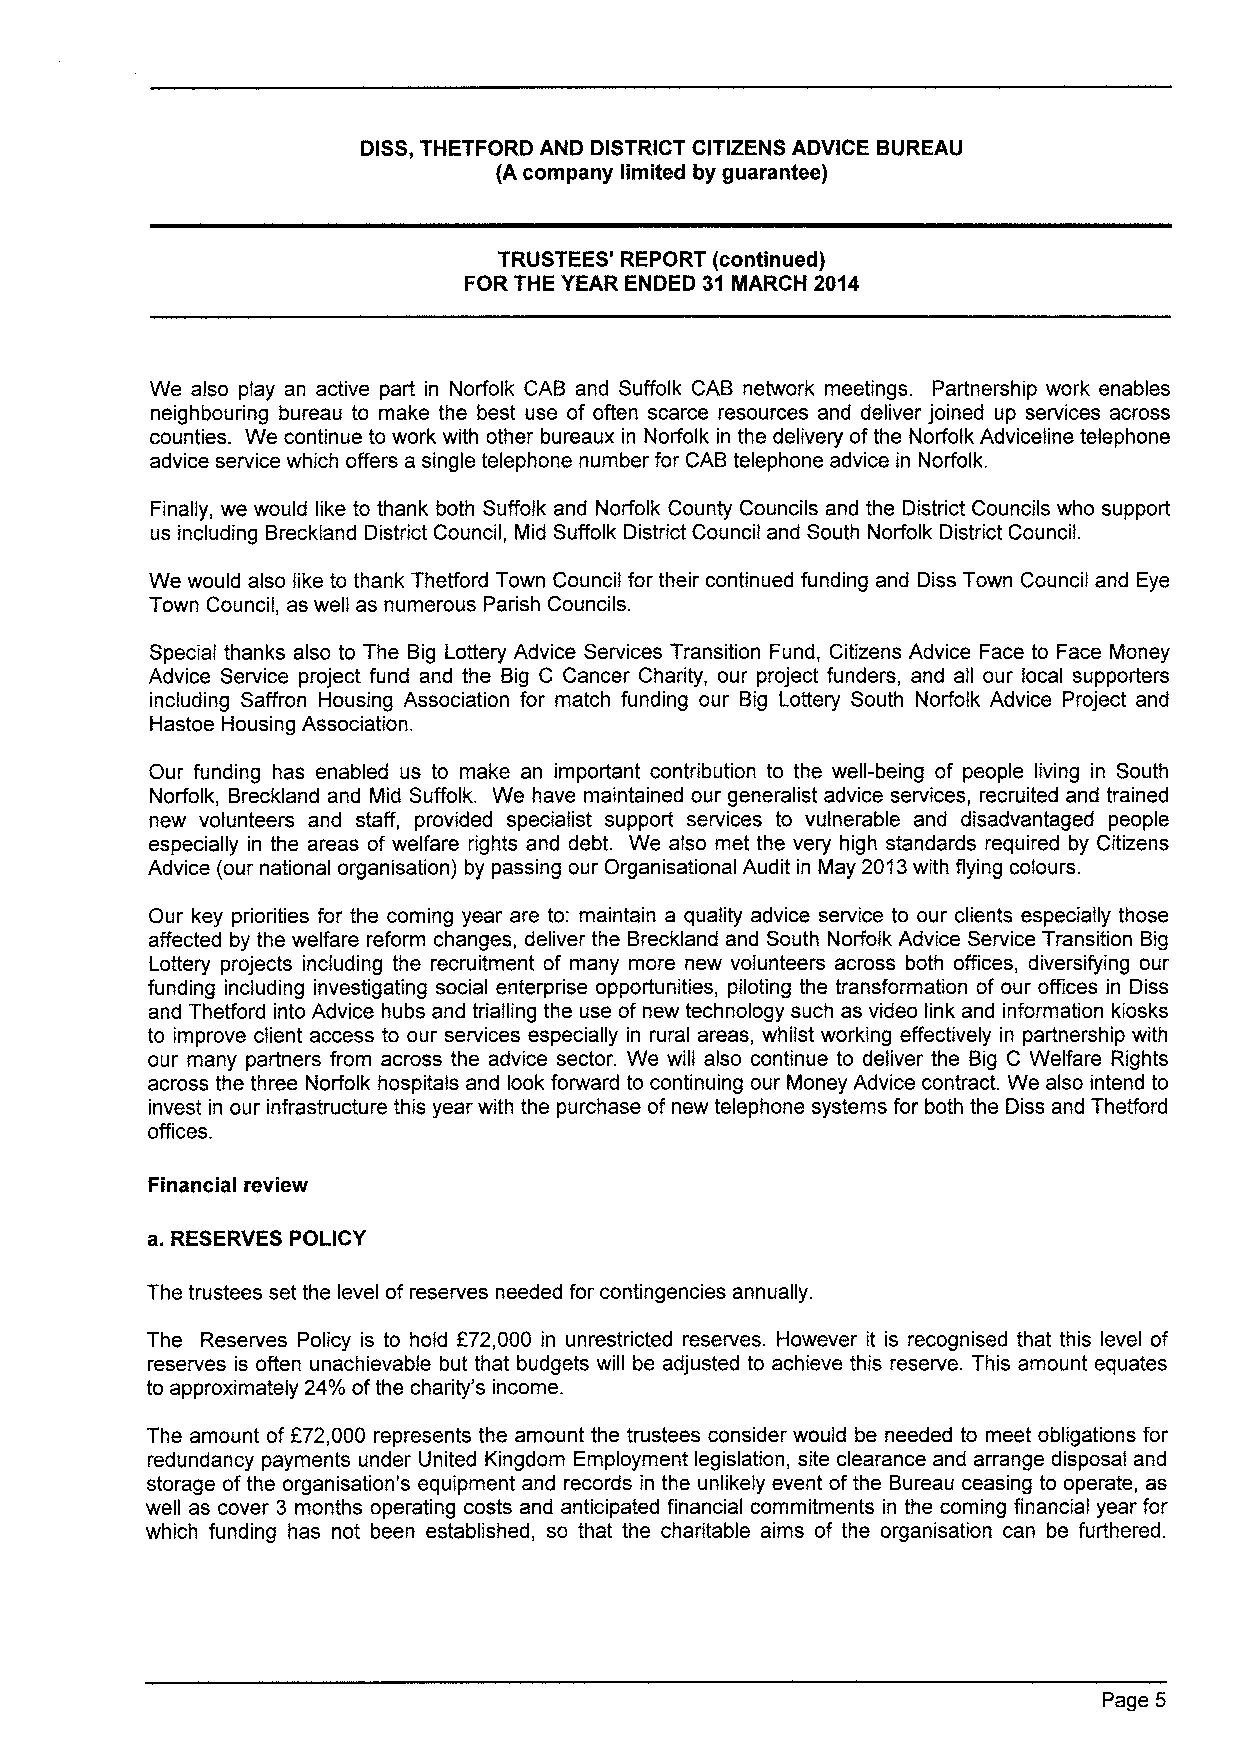
DISS,THETFORD AND DISTRICT CITIZENS ADVICE BUREAU
 (A company limited by guarantee)
 TRUSTEES' REPORT (continued)
 FOR THE YEAR ENDED 31 IIARCH 2014
 We also play an active part in Norfolk CAB and Suffolk CAB network meetings. Partnership work enables
 neighbouring bureau to make the best use of often scarce resources and deliver joined up services across
 counties. We continue to work with other bureaux in Norfolk in the delivery ofthe Norfolk Adviceline telephone
 advice service which offers a single telephone number for CAB telephone advice in Norfolk.
 Finally, we would like to thank both Suffolk and Norfolk County Councils and the District Councils who support
 us including Breckland District Council, Mid Suffolk District Council and South Norfolk District Council.
 We would also like to thank Thetford Town Council for their continued funding and Diss Town Council and Eye
 Town Council, as well as numerous Parish Councils.
 Special thanks also to The Big Lottery Advice Services Transition Fund, Citizens Advice Face to Face Money
 Advice Service project fund and the Big C Cancer Charity, our project funders, and all our local supporters
 including Saffron Housing Association for match funding our Big Lottery South Norfolk Advice Project and
 Hastoe Housing Association.
 Our funding has enabled us to make an important contribution to the well-being of people living in South
 Norfolk, Breckland and Mid Suffolk. We have maintained our generalist advice services, recruited and trained
 new volunteers and staff, provided specialist support services to vulnerable and disadvantaged people
 especially in the areas of welfare rights and debt. We also met the very high standards required by Citizens
 Advice (our national organisation) by passing our Organisational Audit in May 2013with flying colours.
 Our key priorities for the coming year are to: maintain a quality advice service to our clients especially those
 affected by the welfare reform changes, deliver the Breckland and South Norfolk Advice Service Transition Big
 Lottery projects including the recruitment of many more new volunteers across both offices, diversifying our
 funding including investigating social enterprise opportunities, piloting the transformation of our offices in Diss
 and Thefford into Advice hubs and trialling the use of new technology such as video link and information kiosks
 to improve client access to our services especially in rural areas, whilst working effectively in partnership with
 our many partners from across the advice sector. We will also continue to deliver the Big C Welfare Rights
 across the three Norfolk hospitals and look forward to continuing our Money Advice contract. We also intend to
 invest in our infrastructure this year with the purchase of new telephone systems for both the Diss and Thetford
 offices.
 Financial review
 a. RESERVES POLICY
 The trustees set the level of reserves needed for contingencies annually.
 The Reserves Policy is to hold 272,000 in unrestricted reserves. However it is recognised that this level of
 reserves is often unachievable but that budgets will be adjusted to achieve this reserve. This amount equates
 to approximately 24'/o ofthe charity's income.
 The amount of f72,000 represents the amount the trustees consider would be needed to meet obligations for
 redundancy payments under United Kingdom Employment legislation, site clearance and arrange disposal and
 storage ofthe organisation's equipment and records in the unlikely event ofthe Bureau ceasing to operate, as
 well as cover 3 months operating costs and anticipated financial commitments in the coming financial year for
 which funding has not been established, so that the charitable aims of the organisation can be furthered.
 Page 5